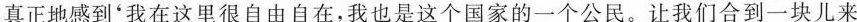
真正地感到'我在这里很自由自在，我也是这个国家的一个公民。让我们合到一块儿来